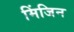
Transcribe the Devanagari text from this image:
मिंजिन